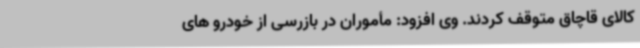
کالای قاچاق متوقف کردند. وی افزود: مأموران در بازرسی از خودرو های